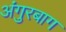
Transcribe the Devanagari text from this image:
अंगुरबाग